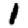
Digit: 1